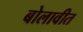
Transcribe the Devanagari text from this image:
बोलावीत